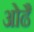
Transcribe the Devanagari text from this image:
ओढैं